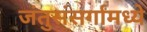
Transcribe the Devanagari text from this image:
जंतुसंसर्गांमध्ये